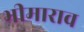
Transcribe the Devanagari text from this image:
भीमाराव